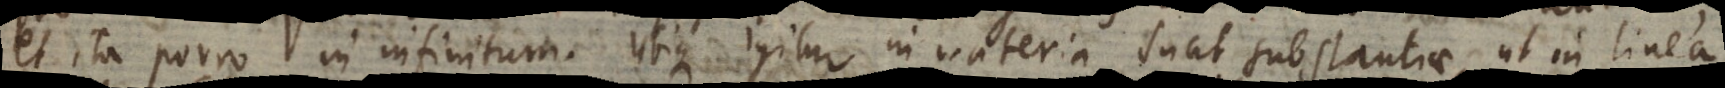
et ita porro in infinitum. Ubique igitur in materia sunt substantiae, ut in linea